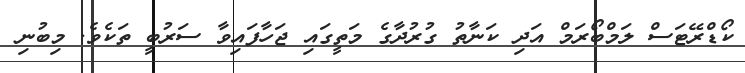
ކޯޑްރޭޓަސް ލަމްބޯރަމް އަދި ކަނާތު ގުރުދާގެ މަތީގައި ޖަހާފައިވާ ސަރުބީ ތަކެވެ. މިބުނި